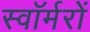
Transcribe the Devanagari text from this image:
स्वॉर्मरों